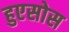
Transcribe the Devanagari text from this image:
हुएसोस